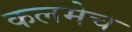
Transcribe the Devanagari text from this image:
कलमेच